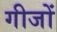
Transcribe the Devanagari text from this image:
गीजों